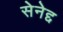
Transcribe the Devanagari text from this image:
सेनेद्द